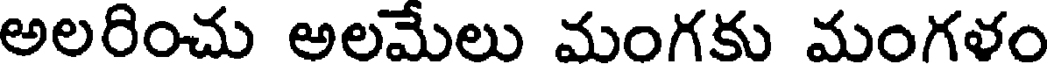
అలరించు అలమేలు మంగకు మంగళం